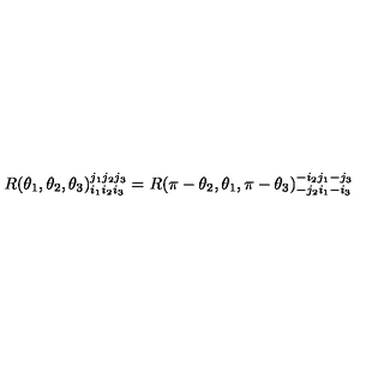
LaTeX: R ( \theta _ { 1 } , \theta _ { 2 } , \theta _ { 3 } ) _ { i _ { 1 } i _ { 2 } i _ { 3 } } ^ { j _ { 1 } j _ { 2 } j _ { 3 } } = R ( \pi - \theta _ { 2 } , \theta _ { 1 } , \pi - \theta _ { 3 } ) _ { - j _ { 2 } i _ { 1 } - i _ { 3 } } ^ { - i _ { 2 } j _ { 1 } - j _ { 3 } }